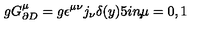
g G _ { \partial D } ^ { \mu } = g \epsilon ^ { \mu \nu } j _ { \nu } \delta ( y ) \makebox [ . 5 i n ] { , } \mu = 0 , 1